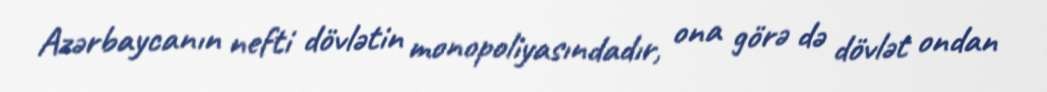
Azərbaycanın nefti dövlətin monopoliyasındadır, ona görə də dövlət ondan